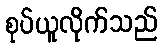
စုပ်ယူလိုက်သည်